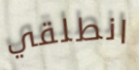
انطلقي